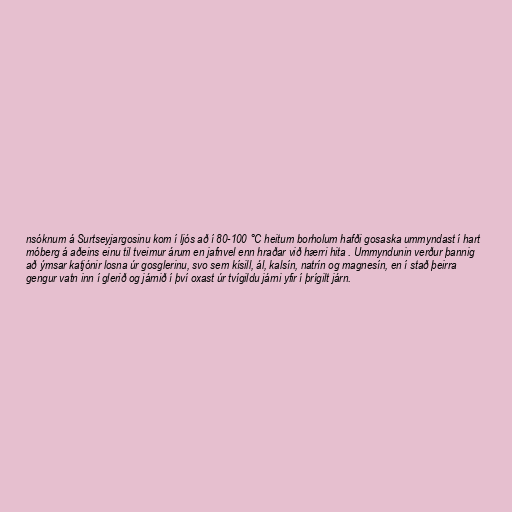
nsóknum á Surtseyjargosinu kom í ljós að í 80-100 °C heitum borholum hafði gosaska ummyndast í hart
móberg á aðeins einu til tveimur árum en jafnvel enn hraðar við hærri hita . Ummyndunin verður þannig
að ýmsar katjónir losna úr gosglerinu, svo sem kísill, ál, kalsín, natrín og magnesín, en í stað þeirra
gengur vatn inn í glerið og járnið í því oxast úr tvígildu járni yfir í þrígilt járn.